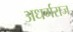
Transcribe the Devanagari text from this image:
अधर्मराज